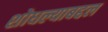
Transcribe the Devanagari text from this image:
शोधल्याबद्दल